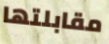
مقابلتها